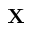
{ \bf X }